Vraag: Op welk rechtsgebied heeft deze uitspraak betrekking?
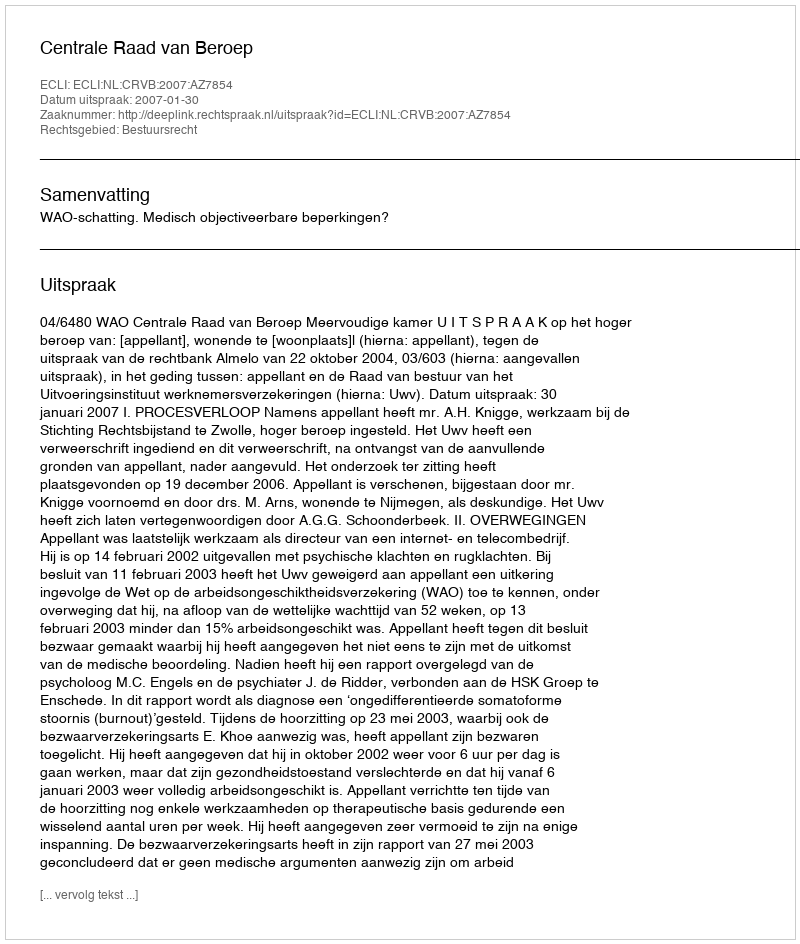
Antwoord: Bestuursrecht